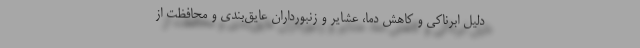
دلیل ابرناکی و کاهش دما، عشایر و زنبورداران عایق‌بندی و محافظت از